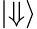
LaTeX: \left|\Downarrow\right\rangle